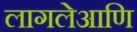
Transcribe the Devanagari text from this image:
लागलेआणि